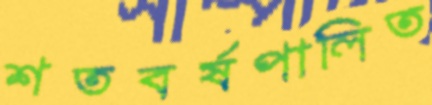
শতবর্ষপালিত